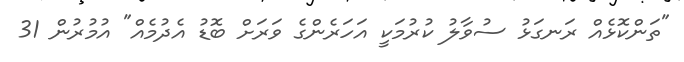
"ތަންކޮޅެއް ރަނގަޅު ސުވާލު ކުރުމަކީ އަހަރެންގެ ވަރަށް ބޮޑު އެދުމެއް" އުމުރުން 31